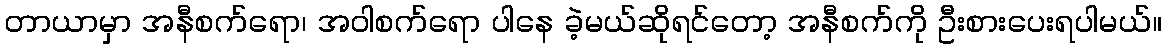
တာယာမှာ အနီစက်ရော၊ အဝါစက်ရော ပါနေ ခဲ့မယ်ဆိုရင်တော့ အနီစက်ကို ဦးစားပေးရပါမယ်။